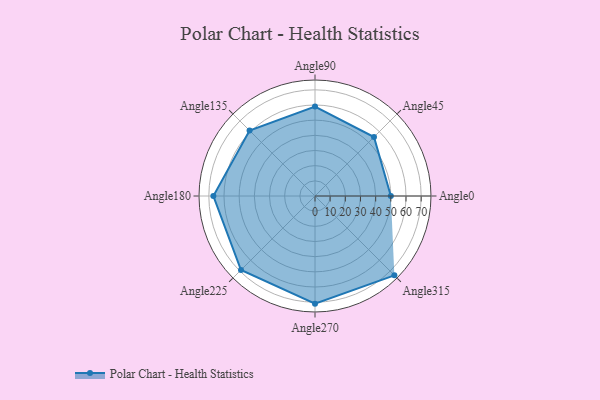
{"axis": {"x": "Angle", "y": "Radius"}, "legend": [""], "data": [{"x": "Angle0", "y": 50, "type": ""}, {"x": "Angle45", "y": 55.0, "type": ""}, {"x": "Angle90", "y": 59.0, "type": ""}, {"x": "Angle135", "y": 61.0, "type": ""}, {"x": "Angle180", "y": 67.0, "type": ""}, {"x": "Angle225", "y": 69.0, "type": ""}, {"x": "Angle270", "y": 71.0, "type": ""}, {"x": "Angle315", "y": 74.0, "type": ""}]}